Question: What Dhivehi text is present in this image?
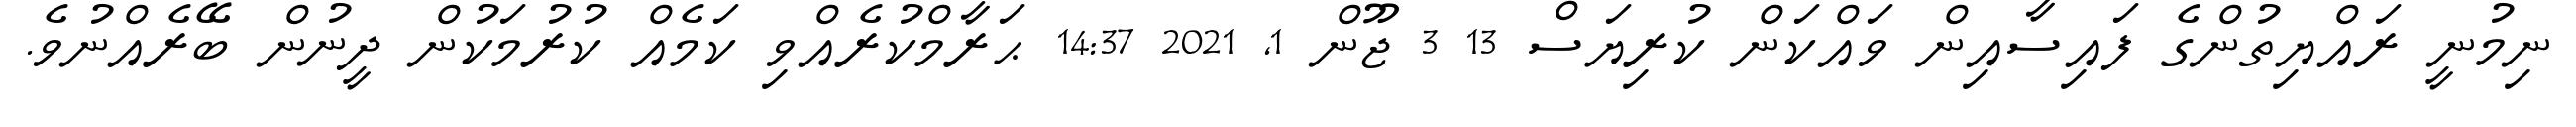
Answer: ނިމުނީ ރައްޔިތުންގެ ފައިސާއިން ވައްކަން ކުރިޔަސް 13 3 ޖޫން 1, 2021 14:37 ޙަރާމްކުރެއްވި ކަމެއް ކުރުމަކުން ދީނުން ބޭރެއްނުވެ.